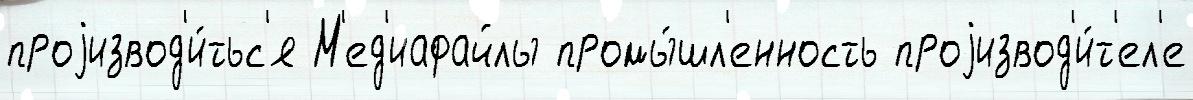
проjизвод'и́тьс'я М'ед'иафайлы промы́шл'енность проjизвод'и́т'ел'е